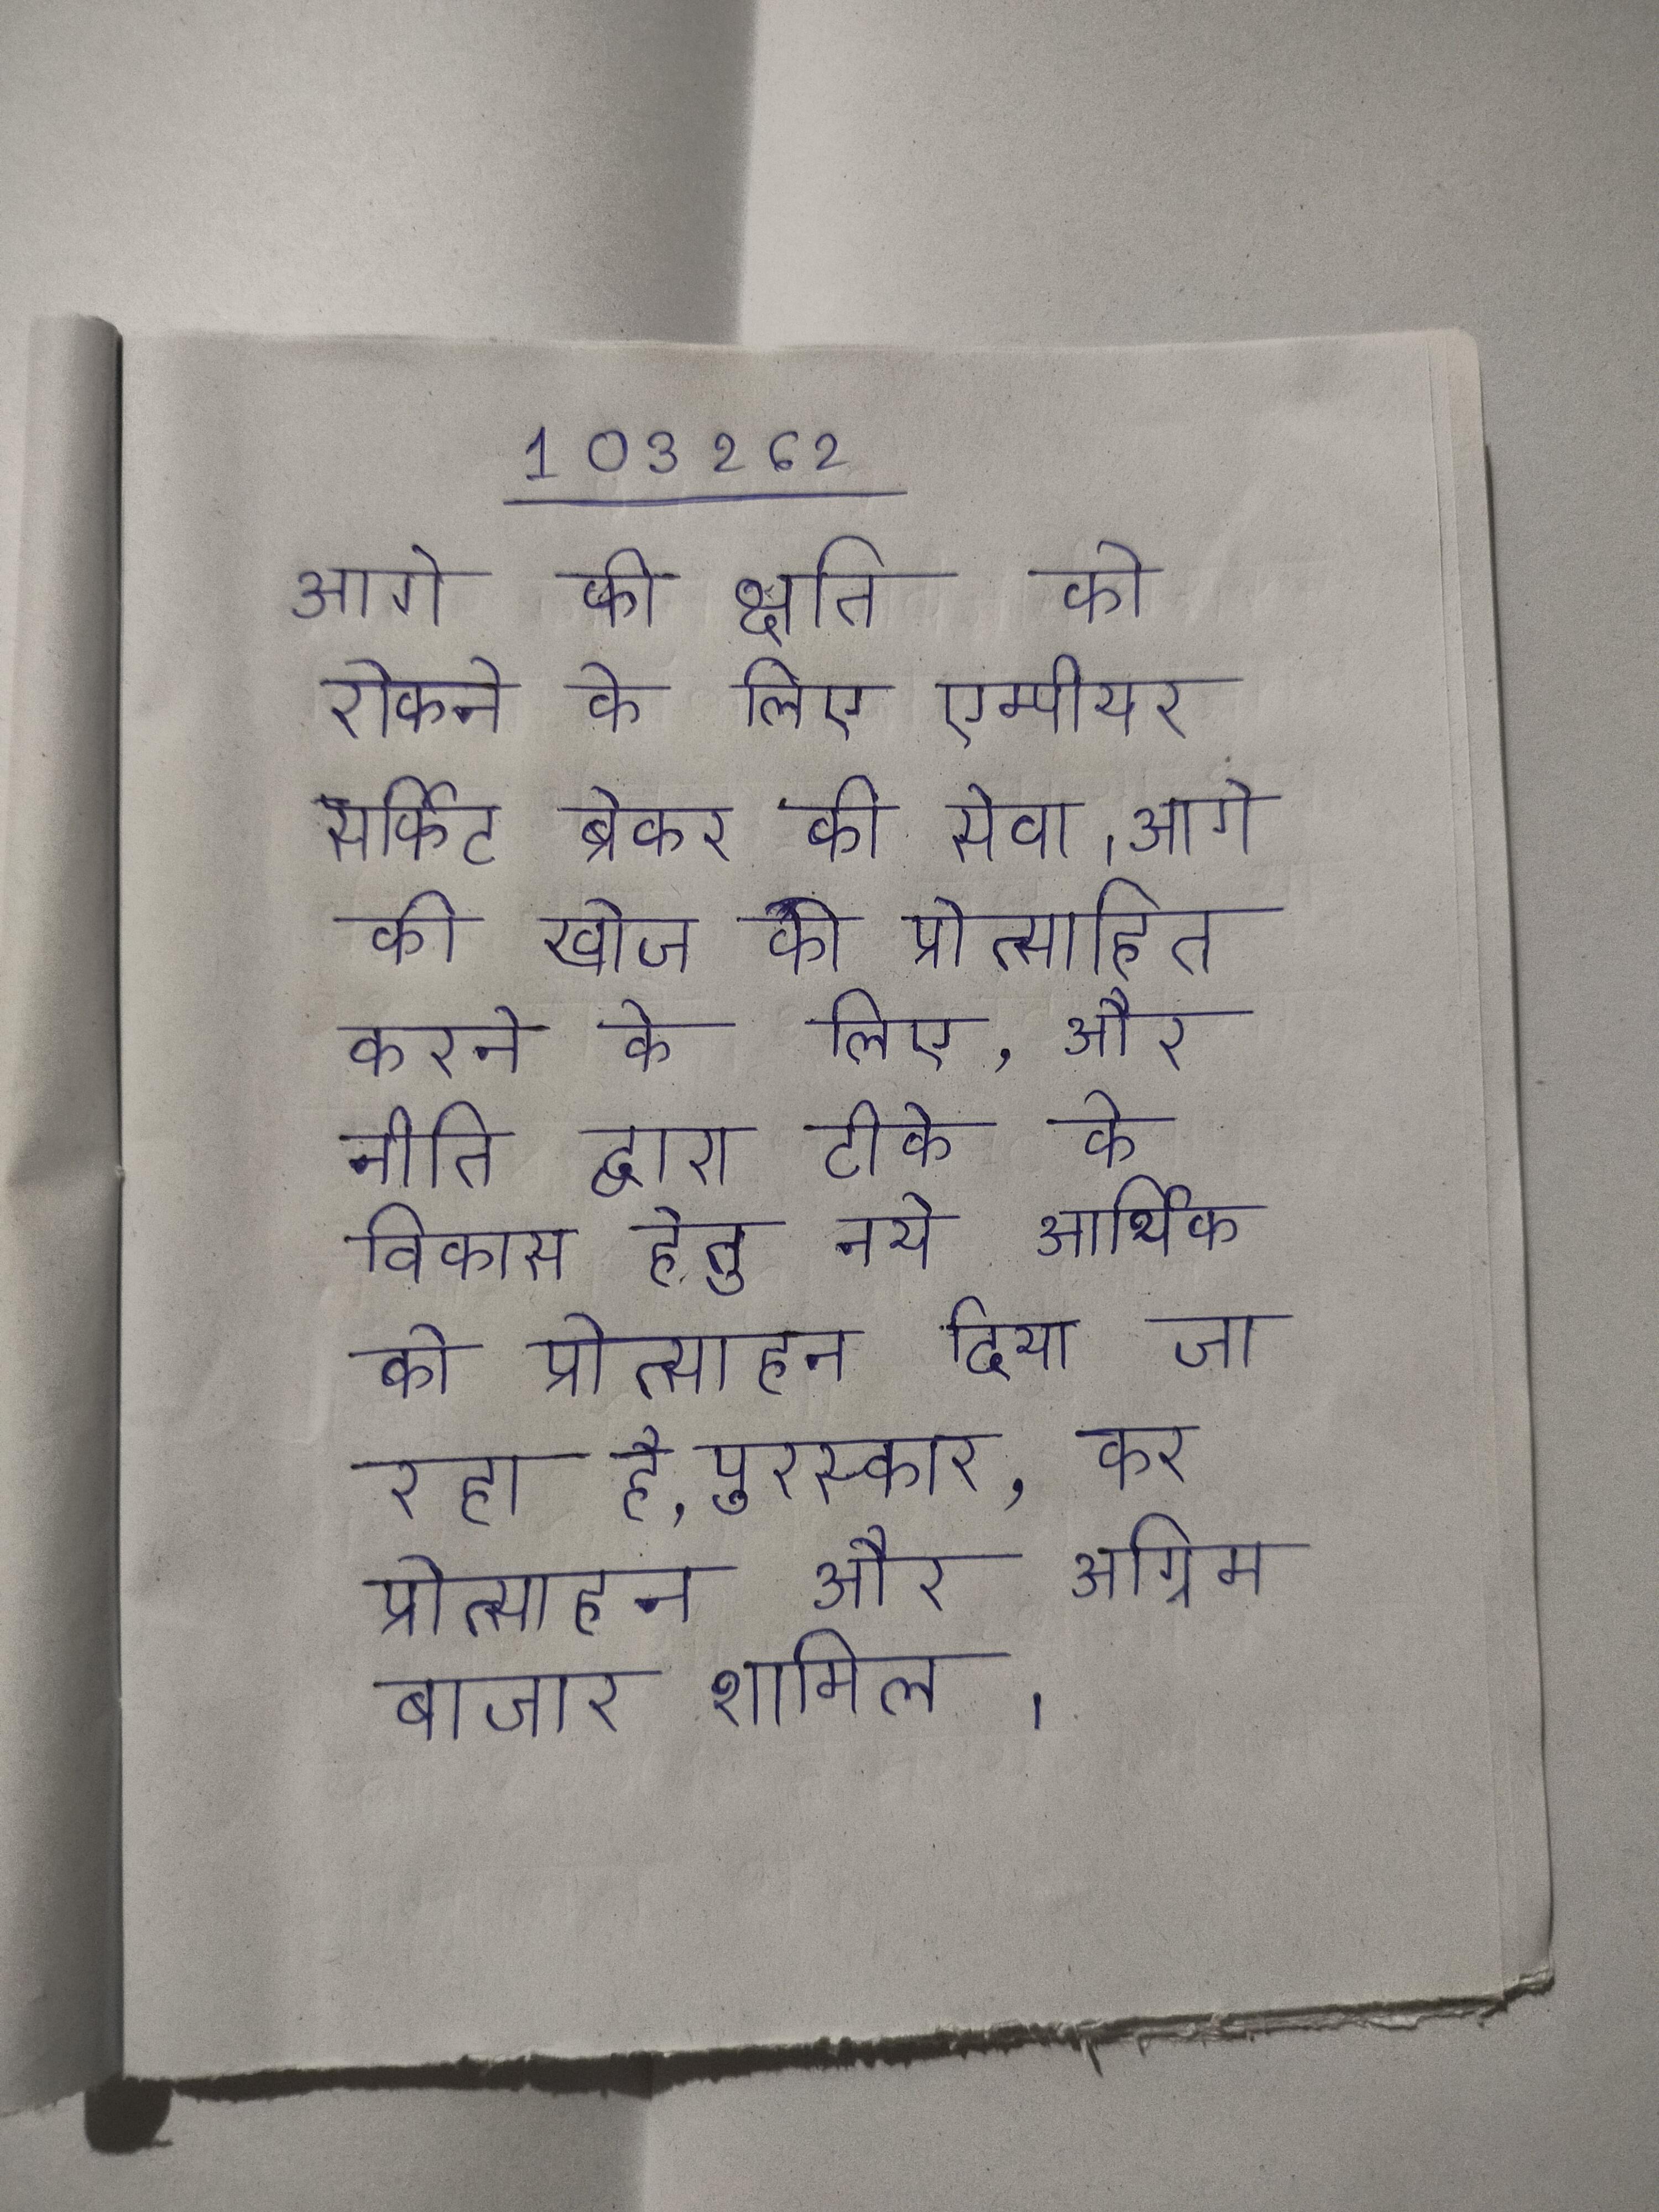
आगे की क्षति को रोकने के लिए एम्पीयर सर्किट ब्रेकर की सेवा । आगे की खोज को प्रोत्साहित करने के लिए, और नीति द्वारा टीके के विकास हेतु नये आर्थिक को प्रोत्साहन दिया जा रहा है, पुरस्कार, कर प्रोत्साहन और अग्रिम बाजार शामिल ।